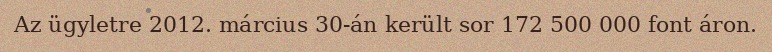
Az ügyletre 2012. március 30-án került sor 172 500 000 font áron.